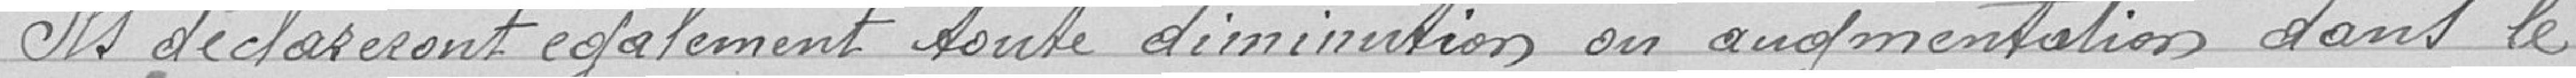
Ils déclarent également toute diminution ou augmentation dans le